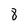
Character: 8